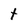
Character: t